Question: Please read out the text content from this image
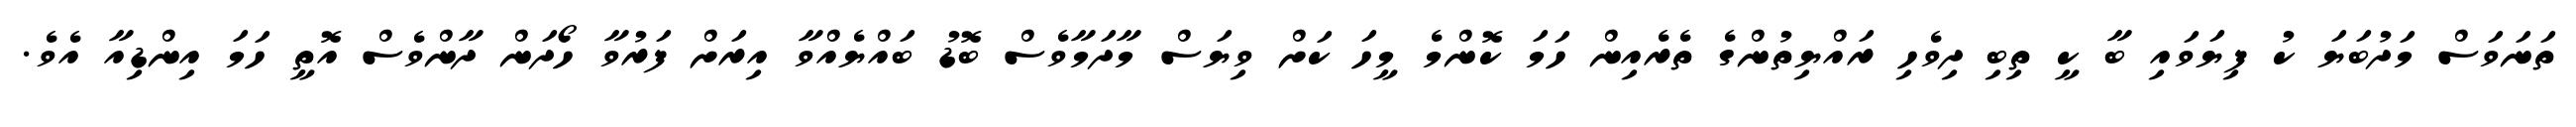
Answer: ތަނަވަސް މަދުބަޔަ ކު ފިޔަވައި ބާ ކީ ތިބި ދިވެހި ރައްޔިތުންގެ ތެރެއިން ހަމަ ކޮންމެ މީހަ ކަށް ވިޔަސް މާދަމާވެސް ބޮޑު ބައްޔެއްވާ އިރަށް ފަރުވާ ހޯދަން ދާންވެސް އޮތީ ހަމަ އިންޑިއާ އެވެ.